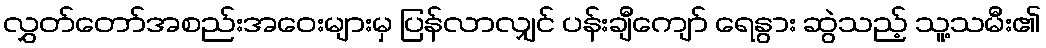
လွှတ်တော်အစည်းအဝေးများမှ ပြန်လာလျှင် ပန်းချီကျော် ရေနွား ဆွဲသည့် သူ့သမီး၏